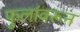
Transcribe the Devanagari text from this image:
फुलांवरून